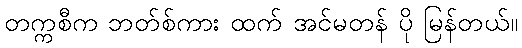
တက္ကစီက ဘတ်စ်ကား ထက် အင်မတန် ပို မြန်တယ်။